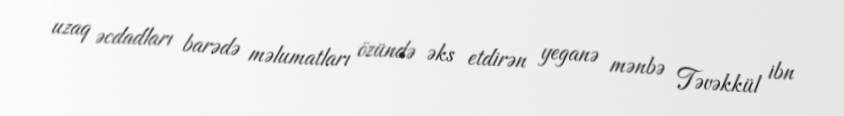
uzaq əcdadları barədə məlumatları özündə əks etdirən yeganə mənbə Təvəkkül ibn